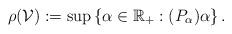
LaTeX: \begin{align*}\rho (\mathcal{V}):=\sup \left\{ \alpha \in \mathbb{R}_{+}:(P_{\alpha })\alpha \right\} . \end{align*}